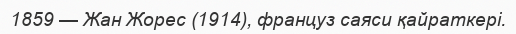
1859 — Жан Жорес (1914), француз саяси қайраткері.